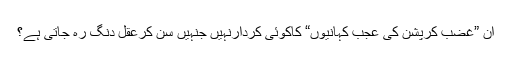
اُن ”غضب کرپشن کی عجب کہانیوں“ کاکوئی کردارنہیں جنہیں سُن کرعقل دنگ رہ جاتی ہے؟